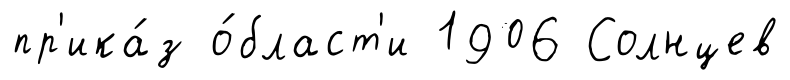
пр'ика́з о́бласт'и 1906 Солнцев